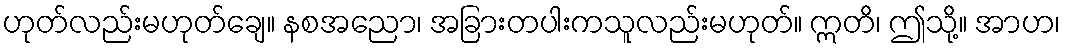
ဟုတ်လည်းမဟုတ်ချေ။ နစအညော၊ အခြားတပါးကသူလည်းမဟုတ်။ ဣတိ၊ ဤသို့။ အာဟ၊